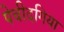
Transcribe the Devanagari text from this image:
पेचीदगिया